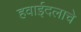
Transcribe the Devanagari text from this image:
हवाईदलाचे